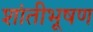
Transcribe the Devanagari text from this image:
शांतीभूषण